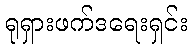
ရုရှားဖက်ဒရေးရှင်း